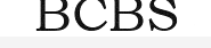
BCBS